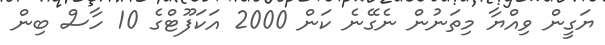
ޔަގީން ވިއްޔާ މިތަނުން ނެގޭނެ ކަން 2000 އަކަފޫޓްގެ 10 ހާސް ބިން